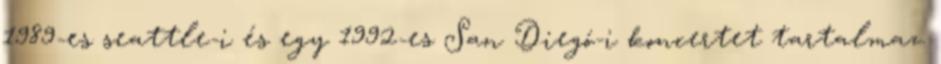
1989-es seattle-i és egy 1992-es San Diegó-i koncertet tartalmaz.